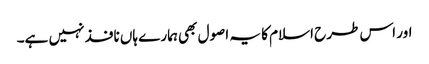
اور اس طرح اسلام کا یہ اصول بھی ہمارے ہاں نافذ نہیں ہے۔